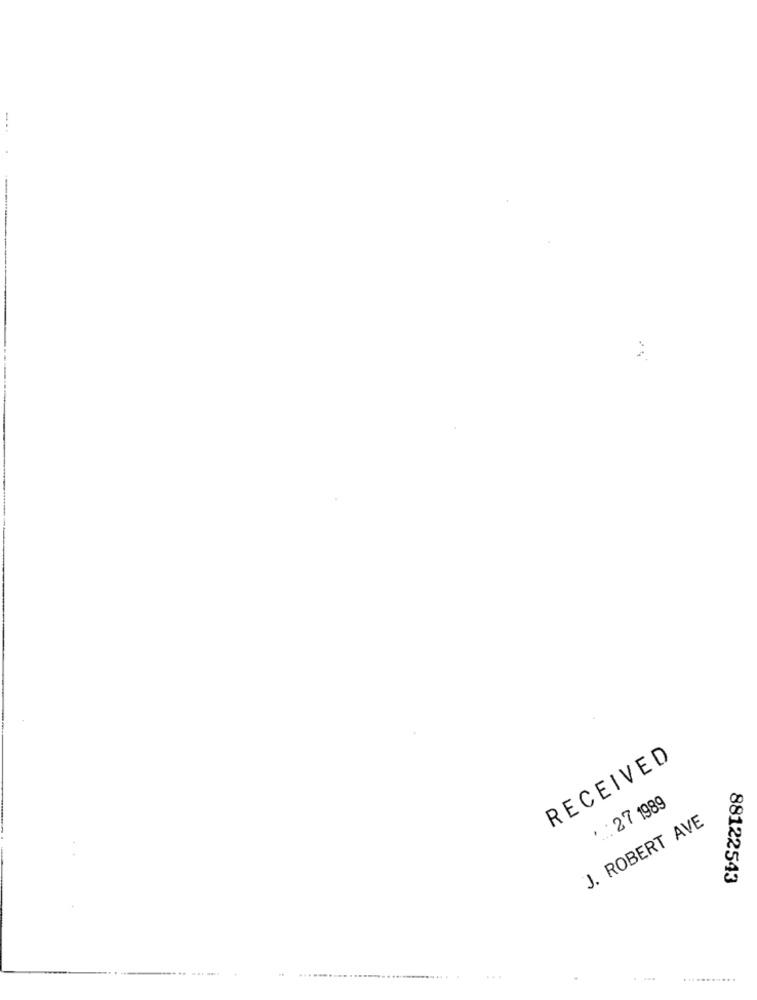
RECEIVED
. : 27 1989
J. ROBERT AVE
88122543
.... .. ... ....
................................... .
...